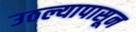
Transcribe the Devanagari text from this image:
उठल्यापासून